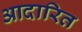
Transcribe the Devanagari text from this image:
आदारित